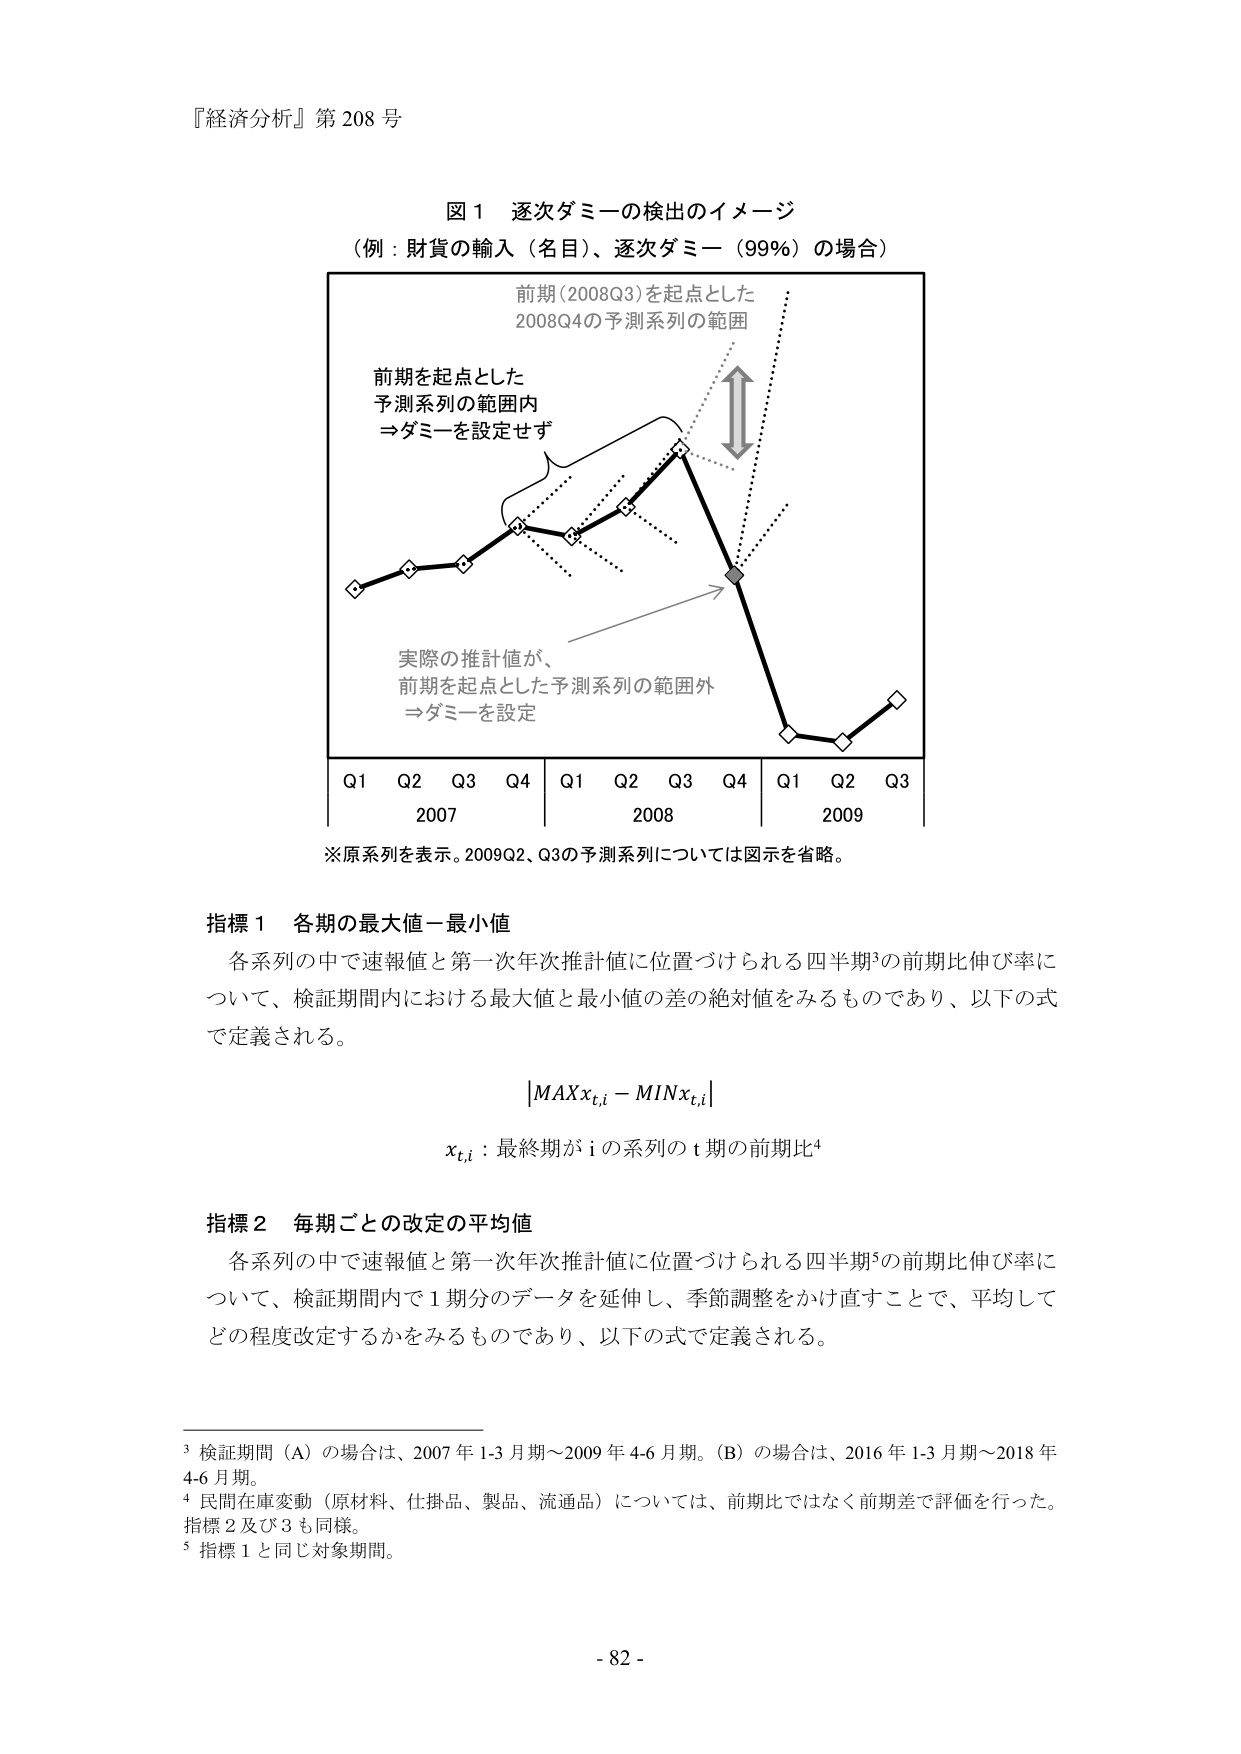
『経済分析』第 208 号

図 1 逐次ダミーの検出のイメージ
（例：財貨の輸入（名目）、逐次ダミー（99%）の場合）

前期(2008Q3)を起点とした
2008Q4の予測系列の範囲

前期を起点とした
予測系列の範囲内
⇒ダミーを設定せず

実際の推計値が、
前期を起点とした予測系列の範囲外
⇒ダミーを設定

Q1 Q2 Q3 Q4 | Q1 Q2 Q3 Q4 | Q1 Q2 Q3
2007 2008 2009

※原系列を表示。2009Q2、Q3の予測系列については図示を省略。

指標 1 各期の最大値－最小値
各系列の中で速報値と第一次年次推計値に位置づけられる四半期³の前期比伸び率について、検証期間内における最大値と最小値の差の絶対値をみるものであり、以下の式で定義される。

|MAXxₜ,ᵢ − MINxₜ,ᵢ|

xₜ,ᵢ：最終期が i の系列の t 期の前期比⁴

指標 2 毎期ごとの改定の平均値
各系列の中で速報値と第一次年次推計値に位置づけられる四半期⁵の前期比伸び率について、検証期間内で 1 期分のデータを延伸し、季節調整をかけ直すことで、平均してどの程度改定するかをみるものであり、以下の式で定義される。

³ 検証期間（A）の場合は、2007 年 1-3 月期～2009 年 4-6 月期。（B）の場合は、2016 年 1-3 月期～2018 年 4-6 月期。
⁴ 民間在庫変動（原材料、仕掛品、製品、流通品）については、前期比ではなく前期差で評価を行った。指標 2 及び 3 も同様。
⁵ 指標 1 と同じ対象期間。

- 82 -